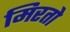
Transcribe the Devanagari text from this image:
मिरतो